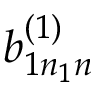
b _ { 1 n _ { 1 } n } ^ { ( 1 ) }